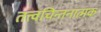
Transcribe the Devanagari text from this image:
तत्त्वचिन्तनात्मक